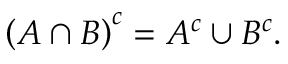
\left( A \cap B \right) ^ { c } = A ^ { c } \cup B ^ { c } .